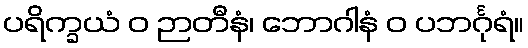
ပရိက္ခယံ ဝ ဉာတီနံ၊ ဘောဂါနံ ဝ ပဘင်္ဂုရံ။